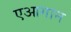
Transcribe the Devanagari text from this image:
एआगान